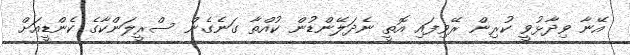
އޭނާ ވިދާޅުވީ ކުރިން ރޭވިފައި އޮތީ ނެދަލޭންޑުން ކުއްތާ ގަނެގެން ސްރީލަންކާގެ ކެންޑީއަށް